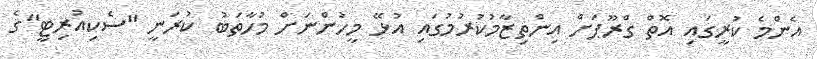
އެންމެ ކުރީގައި އޮތް ގްރޫޕަށް އިންތިޒާމުކުރުމުގައި އުޅޭ މީހުންނަށް މުހާތަބު ކުރަނީ "ސެކިއުރިޓީ"ގެ